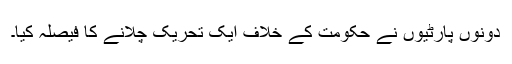
دونوں پارٹیوں نے حکومت کے خلاف ایک تحریک چلانے کا فیصلہ کیا۔